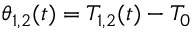
\theta _ { 1 , 2 } ( t ) = T _ { 1 , 2 } ( t ) - T _ { 0 }